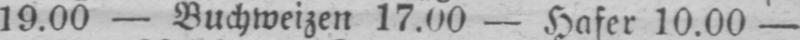
19.00 - Buchweizen 17.00 - Hafer 10.00 -